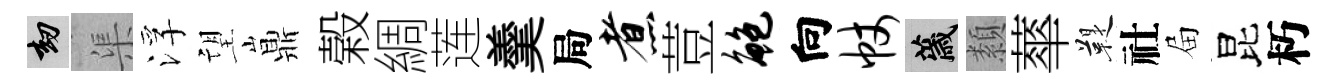
劫渠浮望鼎榖綢莲羹局煮荳鲍向帐薉纇蕐鞮社屇昆朽